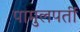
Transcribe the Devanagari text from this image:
पामुलपर्ती